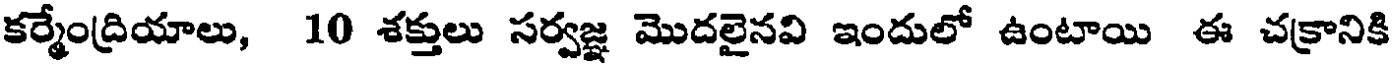
కర్మేంద్రియాలు, 10 శక్తులు సర్వజ్ఞ మొదలైనవి ఇందులో ఉంటాయి ఈ చక్రానికి